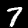
Digit: 7